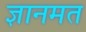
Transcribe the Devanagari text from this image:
ज्ञानमत